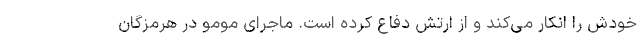
خودش را انکار می‌کند و از ارتش دفاع کرده است. ماجرای مومو در هرمزگان